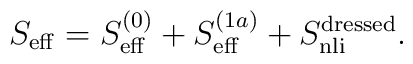
S_{\rm eff}=S_{\rm eff}^{(0)}+S_{\rm eff}^{(1a)}             +S_{\rm nli}^{\rm dressed}.